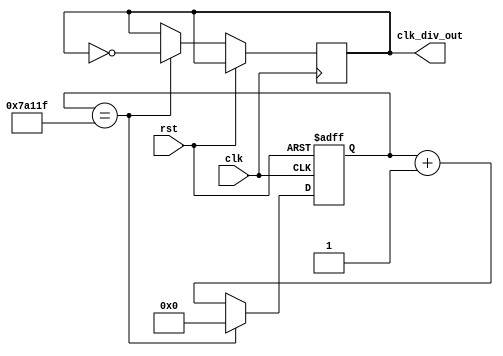
module key_fre_div(
					input clk,
					input rst,
					output reg clk_div_out
);


reg [18:0] div_cnt;

always @ (posedge clk,posedge rst) begin
		if (rst)
			div_cnt <= 0;
		else if (div_cnt == 19'd499_999)	begin
				clk_div_out <= ~clk_div_out;//clk = 25MH, 25Hz
				div_cnt <= 0;
			end
		else
			div_cnt <= div_cnt + 1'b1;
	end
endmodule